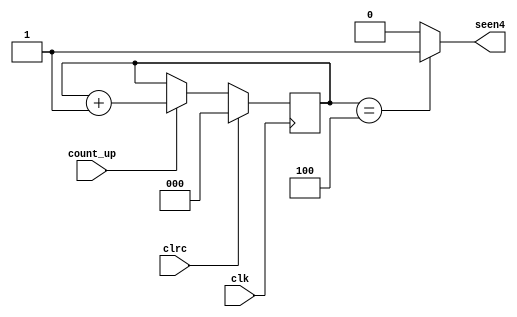
`timescale 1ns/1ns

module counter_3_bit(clk, clrc, count_up, seen4);
	input wire clk, clrc, count_up;
	output wire seen4;

	reg[2:0] counter;

	always @(posedge clk) begin
		if (clrc)
			counter <= 3'b0;
		else if (count_up)
			counter <= counter + 1;
		else
			counter <= counter;
	end

	assign seen4 = (counter == 3'b100 ? 1'b1 : 1'b0);

endmodule